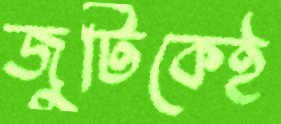
জুটিকেই